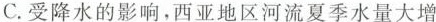
C.受降水的影响，西亚地区河流夏季水量大增